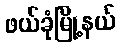
ဖယ်ခုံမြို့နယ်